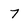
Character: 7